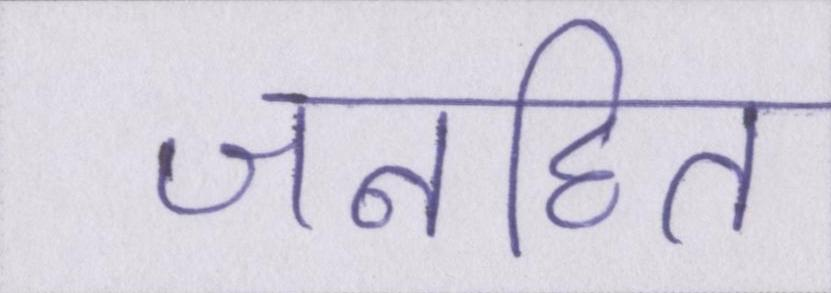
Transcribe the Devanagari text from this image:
जनहित